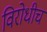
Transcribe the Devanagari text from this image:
विरोधीच